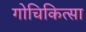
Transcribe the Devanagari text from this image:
गोचिकित्सा